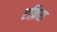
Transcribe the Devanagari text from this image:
एफ़िरा